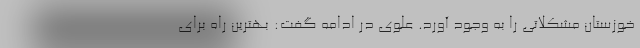
خوزستان مشکلاتی را به وجود آورد. علوی در ادامه گفت: بهترین راه برای